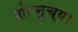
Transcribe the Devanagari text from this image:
शंतनुच्या